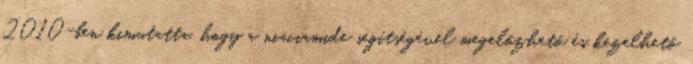
2010-ben kimutatta, hogy a niaciamide segítségével megelőzhető és kezelhető